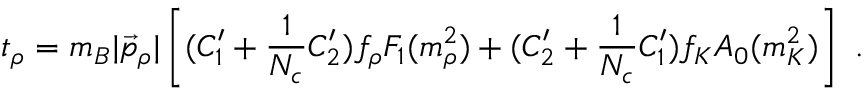
t _ { \rho } = m _ { B } | \vec { p } _ { \rho } | \left[ ( C _ { 1 } ^ { \prime } + \frac { 1 } { N _ { c } } C _ { 2 } ^ { \prime } ) f _ { \rho } F _ { 1 } ( m _ { \rho } ^ { 2 } ) + ( C _ { 2 } ^ { \prime } + \frac { 1 } { N _ { c } } C _ { 1 } ^ { \prime } ) f _ { K } A _ { 0 } ( m _ { K } ^ { 2 } ) \right] \ .